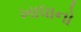
ખાધાનો